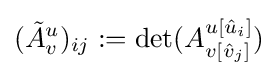
({\tilde {A}}_{v}^{u})_{ij}:=\det(A_{v[{\hat {v}}_{j}]}^{u[{\hat {u}}_{i}]})